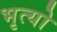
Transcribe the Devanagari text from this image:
भृत्यो